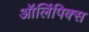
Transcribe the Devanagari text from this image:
ऑलिंपिक्स